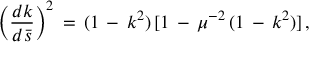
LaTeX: \left( \frac { d k } { d \bar { s } } \right) ^ { 2 } \, = \, ( 1 \, - \, k ^ { 2 } ) \, [ 1 \, - \, \mu ^ { - 2 } \, ( 1 \, - \, k ^ { 2 } ) ] \, { , }